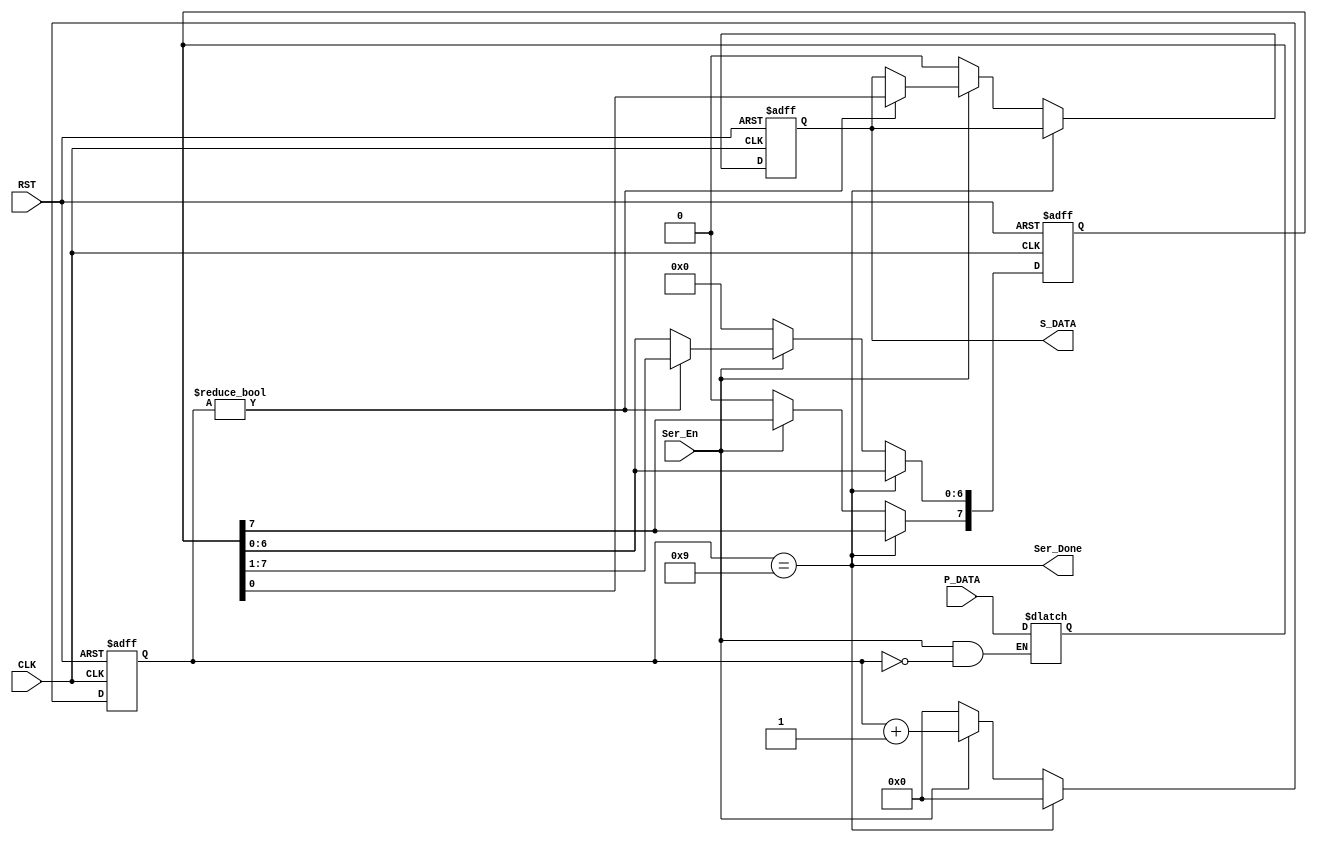
module UART_Tx_Serializer #(parameter WIDTH = 8) (
    input       wire       [WIDTH-1:0]      P_DATA,
    input       wire                        Ser_En,
    input       wire                        CLK,
    input       wire                        RST,
    output      wire                        Ser_Done,
    output      reg                         S_DATA
);

reg     [WIDTH-1:0]       Shift_Register;
reg     [3:0]       Counter;

always @ (posedge CLK or negedge RST)
    begin
        if (!RST)
            begin
                Shift_Register <= 8'b00000000;
                S_DATA <= 1'b0;
                Counter <= 0;
            end
        else
            begin
                if (Ser_Done)
                    Counter <= 0;
                else if (Ser_En)
                    begin
                        Counter <= Counter + 1; 
                        if (Counter != 0)
                        begin
                            {Shift_Register[WIDTH-2:0] , S_DATA} <= Shift_Register;
                            //Shift_Register[7] <= 0;
                            //Counter <= Counter + 1; 
                        end
                    end
                
                
                else if (!Ser_En)
                    begin
                        Shift_Register <= 'b0;
                        S_DATA <= 1'b0;
                        Counter <= 1'b0;
                    end
            end
    end

always @ (*)
    begin
        if (Ser_En && Counter == 0)
                    begin
                        Shift_Register = P_DATA;
                        //S_DATA = Shift_Register[0];
                        //Counter = Counter + 1;
                    end
    end

assign Ser_Done = (Counter == WIDTH + 1);



endmodule